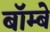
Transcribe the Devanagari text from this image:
बॉम्‍बे